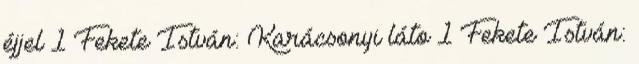
éjjel 1 Fekete István: Karácsonyi láto 1 Fekete István: